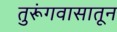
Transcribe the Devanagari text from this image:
तुरूंगवासातून